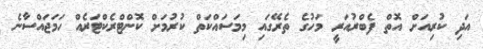
އަދި ކުރިއަށް އޮތް ފެބްރުއަރީ މަހުގެ ތެރޭގައި މިމަސައްކަތް ކުރުމަށް ކޮންޓްރެކްޓަރެއް ހަމަޖައްސާނެ